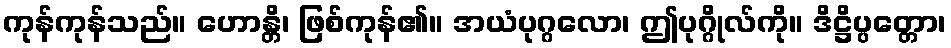
ကုန်ကုန်သည်။ ဟောန္တိ၊ ဖြစ်ကုန်၏။ အယံပုဂ္ဂလော၊ ဤပုဂ္ဂိုလ်ကို။ ဒိဋ္ဌိပ္ပတ္တော၊